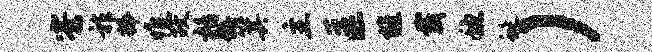
寮祚捧憔故栝诲箕主匡旌戴稳蜒）